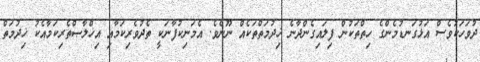
ދުވަހަކުވެސް އަޅުގަނޑުމެންގެ ހިތްތަކުން ފިލައިގެންދާނެ ޚިދުމަތްތަކެއް ނޫނެވެ. އެމަނިކުފާނަކީ ތެދުވެރިކަމާއި އިޚްލާޞްތެރިކަމާއެކު ޚިދުމަތް